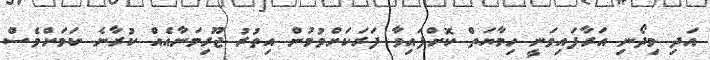
އަދި މިދޯނި އަރާފައިވަނީ ހިމާޔަތް ކޮށްފައިވާ ފަރަކަށްވުމުން އިތުރު ޖޫރިމަނާއެއް ކުރާނެ ކަމަށްވެސް